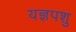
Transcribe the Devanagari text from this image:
यज्ञपशु